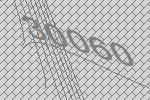
30060